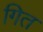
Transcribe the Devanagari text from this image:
गित